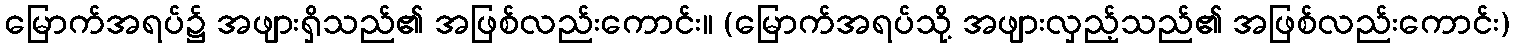
မြောက်အရပ်၌ အဖျားရှိသည်၏ အဖြစ်လည်းကောင်း။ (မြောက်အရပ်သို့ အဖျားလှည့်သည်၏ အဖြစ်လည်းကောင်း)